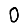
Digit: 0